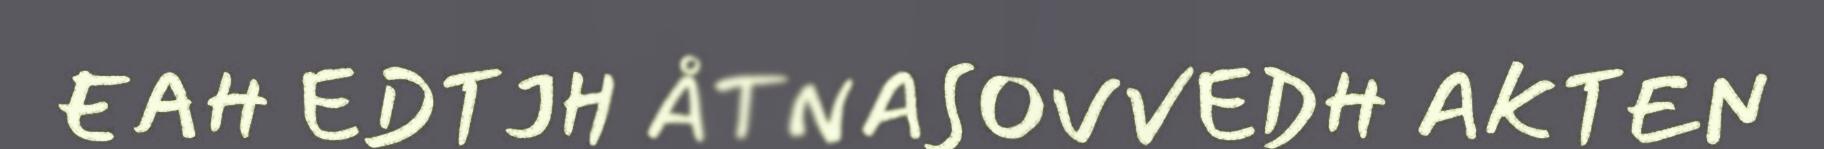
EAH EDTJH ÅTNASOVVEDH AKTEN